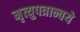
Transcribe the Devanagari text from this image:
मृत्युपत्रान्वये